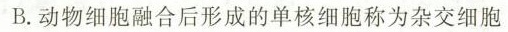
B.动物细胞融合后形成的单核细胞称为杂交细胞